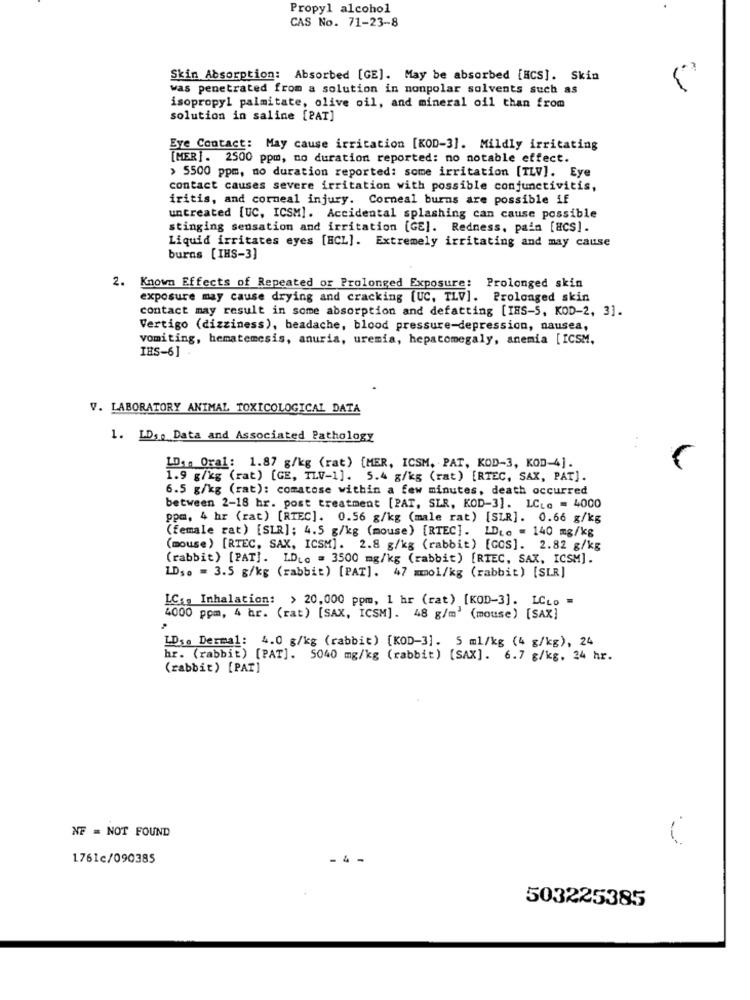
Propyl alcohol
CAS No. 71-23-8
Skin Absorption: Absorbed [GE]. May be absorbed [NCS]. Skin
was penetrated from a solution in nonpolar solvents such as
isopropyl palmitate, olive oil, and mineral oil than from
solution in saline [PAT]
Eye Contact: May cause irritation [KOD-3]. Mildly irritating
[MER]. 2500 ppm, no duration reported: no notable effect.
> 5500 ppm, no duration reported: some irritation [TLV]. Eye
contact causes severe irritation with possible conjunctivitis,
iritis, and corneal injury. Corneal burns are possible if
untreated [UC, ICSM]. Accidental splashing can cause possible
stinging sensation and irritation [GE]. Redness, pain [#CS].
Liquid irritates eyes [HCL]. Extremely irritating and may cause
buras [IHS-3]
2. Known Effects of Repeated or Prolonged Exposure: Prolonged skin
exposure may cause drying and cracking [UC, TLV]. Prolonged skin
contact may result in some absorption and defatting [IHS-5, KOD-2, 3].
Vertigo (dizziness), headache, blood pressure-depression, nausea,
vomiting, hematemesis, anuria, uremia, hepatomegaly, anemia [ICSM,
IBS-6]
V. LABORATORY ANIMAL TOXICOLOGICAL DATA
1. IDs. Data and Associated Pathology
LDan Oral: 1.87 g/kg (rat) [MER, ICSM. PAT, KOD-3, KOD-4].
1.9 g/kg (rat) [GE, TLV-1]. 5.4 g/kg (rat) [RTEC, SAX, PAT].
6.5 g/kg (rat): comatose within a few minutes, death occurred
between 2-18 hr. post treatment [PAT, SLR, KOD-3]. LCLa = 4000
ppm, 4 hr (rat) [RIEC]. 0.56 g/kg (male rat) [SLR]. 0.66 g/kg
(female rat) [SLR]; 4.5 g/kg (mouse) [RTEC]. IDie = 140 mg/kg
(mouse) [RTEC, SAX, ICSM]. 2.8 g/kg (rabbit) [GOS]. 2.82 g/kg
(rabbit) [PAT]. IDLo = 3500 mg/kg (rabbit) [RIEC, SAX, ICSM].
LDso = 3.5 g/kg (rabbit) [PAT]. 47 mmol/kg (rabbit) [SLR)
LC: Inhalation: > 20,000 ppm, 1 hr (rat) [KOD-3]. LCLO =
4000 ppm, 4 hr. (rat) [SAX, ICSM]. 48 g/m' (mouse) [SAX]
LD1. Dermal: 4.0 g/kg (rabbit) [KOD-3]. 5 ml/kg (4 g/kg), 24
hr. (rabbit) [PAT]. 5040 mg/kg (rabbit) [SAX]. 6.7 g/kg, 24 hr.
(rabbit) [PAT]
NF = NOT FOUND
1761c/090385
- 4
503225385